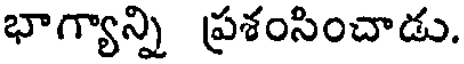
భాగ్యాన్ని ప్రశంసించాడు.